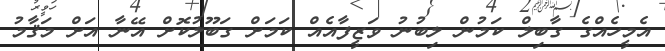
އެމީހެއްގެ ގާބިލް ކަމުން ލިބުނު ވަޒީފާއެއް ކަމަށް ގަބޫލުކޮށް އޭނާ އަށް މަޤާމު